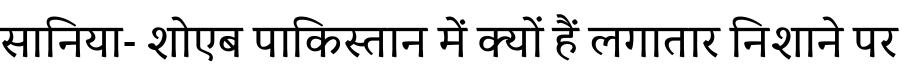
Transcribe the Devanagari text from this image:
सानिया- शोएब पाकिस्तान में क्यों हैं लगातार निशाने पर